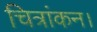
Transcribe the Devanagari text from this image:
चित्रांकन।